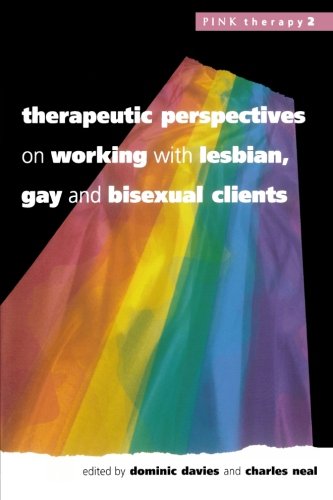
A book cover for Therapeutic Perspectives On Working With Lesbian, Gay and Bisexual Clients (Pink Therapy); Davies; Gay & Lesbian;